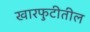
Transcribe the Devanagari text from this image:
खारफुटीतील